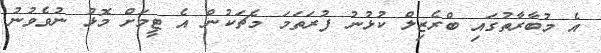
އެ މުބާރާތުގައި ބްރެޒިލް ކުޅުނު ފުރަތަމަ މެޗަކުން އެ ޓީމަށް މޮޅު ނުވެވުނު